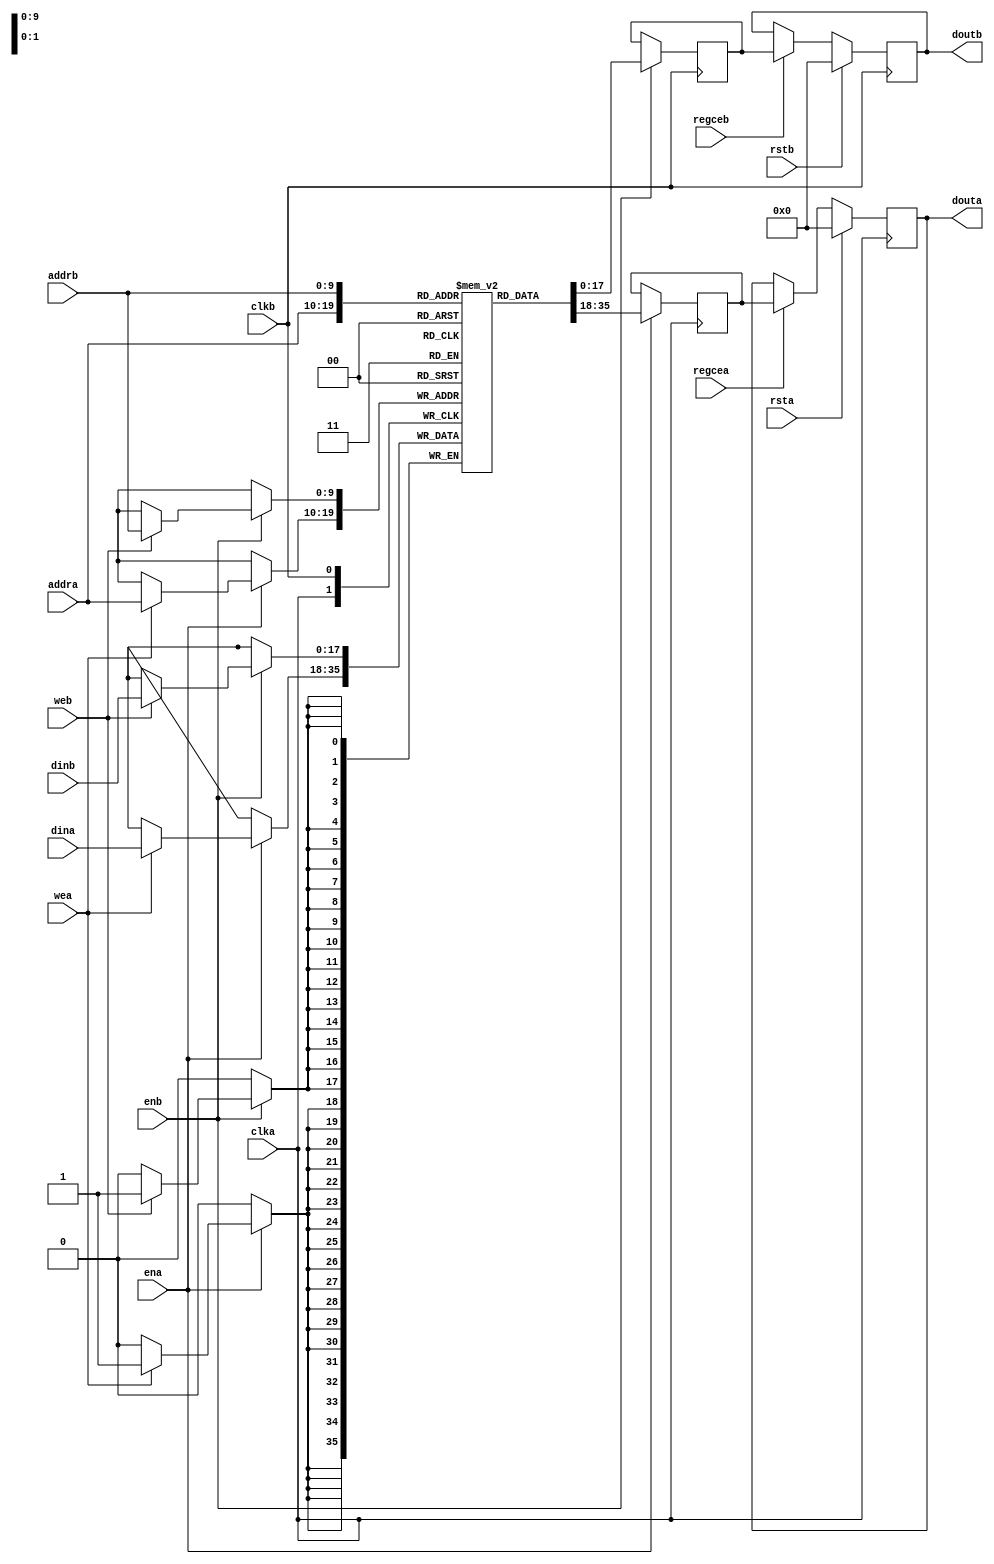
module xilinx_true_dual_port_read_first_2_clock_ram #(
  parameter RAM_WIDTH = 18,                       // Specify RAM data width
  parameter RAM_DEPTH = 1024,                     // Specify RAM depth (number of entries)
  parameter RAM_PERFORMANCE = "HIGH_PERFORMANCE", // Select "HIGH_PERFORMANCE" or "LOW_LATENCY" 
  parameter INIT_FILE = ""                        // Specify name/location of RAM initialization file if using one (leave blank if not)
) (
  input [clogb2(RAM_DEPTH-1)-1:0] addra,  // Port A address bus, width determined from RAM_DEPTH
  input [clogb2(RAM_DEPTH-1)-1:0] addrb,  // Port B address bus, width determined from RAM_DEPTH
  input [RAM_WIDTH-1:0] dina,           // Port A RAM input data
  input [RAM_WIDTH-1:0] dinb,           // Port B RAM input data
  input clka,                           // Port A clock
  input clkb,                           // Port B clock
  input wea,                            // Port A write enable
  input web,                            // Port B write enable
  input ena,                            // Port A RAM Enable, for additional power savings, disable port when not in use
  input enb,                            // Port B RAM Enable, for additional power savings, disable port when not in use
  input rsta,                           // Port A output reset (does not affect memory contents)
  input rstb,                           // Port B output reset (does not affect memory contents)
  input regcea,                         // Port A output register enable
  input regceb,                         // Port B output register enable
  output [RAM_WIDTH-1:0] douta,         // Port A RAM output data
  output [RAM_WIDTH-1:0] doutb          // Port B RAM output data
);

  reg [RAM_WIDTH-1:0] BRAM [RAM_DEPTH-1:0];
  reg [RAM_WIDTH-1:0] ram_data_a = {RAM_WIDTH{1'b0}};
  reg [RAM_WIDTH-1:0] ram_data_b = {RAM_WIDTH{1'b0}};

  // The following code either initializes the memory values to a specified file or to all zeros to match hardware
  generate
    if (INIT_FILE != "") begin: use_init_file
      initial
        $readmemh(INIT_FILE, BRAM, 0, RAM_DEPTH-1);
    end else begin: init_bram_to_zero
      integer ram_index;
      initial
        for (ram_index = 0; ram_index < RAM_DEPTH; ram_index = ram_index + 1)
          BRAM[ram_index] = {RAM_WIDTH{1'b0}};
    end
  endgenerate

  always @(posedge clka)
    if (ena) begin
      if (wea)
        BRAM[addra] <= dina;
      ram_data_a <= BRAM[addra];
    end

  always @(posedge clkb)
    if (enb) begin
      if (web)
        BRAM[addrb] <= dinb;
      ram_data_b <= BRAM[addrb];
    end

  //  The following code generates HIGH_PERFORMANCE (use output register) or LOW_LATENCY (no output register)
  generate
    if (RAM_PERFORMANCE == "LOW_LATENCY") begin: no_output_register

      // The following is a 1 clock cycle read latency at the cost of a longer clock-to-out timing
       assign douta = ram_data_a;
       assign doutb = ram_data_b;

    end else begin: output_register

      // The following is a 2 clock cycle read latency with improve clock-to-out timing

      reg [RAM_WIDTH-1:0] douta_reg = {RAM_WIDTH{1'b0}};
      reg [RAM_WIDTH-1:0] doutb_reg = {RAM_WIDTH{1'b0}};

      always @(posedge clka)
        if (rsta)
          douta_reg <= {RAM_WIDTH{1'b0}};
        else if (regcea)
          douta_reg <= ram_data_a;

      always @(posedge clkb)
        if (rstb)
          doutb_reg <= {RAM_WIDTH{1'b0}};
        else if (regceb)
          doutb_reg <= ram_data_b;

      assign douta = douta_reg;
      assign doutb = doutb_reg;

    end
  endgenerate

  //  The following function calculates the address width based on specified RAM depth
  function integer clogb2;
    input integer depth;
      for (clogb2=0; depth>0; clogb2=clogb2+1)
        depth = depth >> 1;
  endfunction

endmodule